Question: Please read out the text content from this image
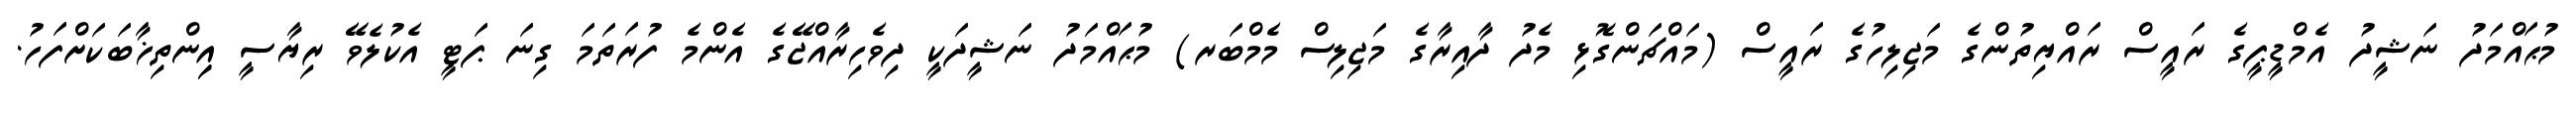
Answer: މުޙައްމަދު ނަޝީދު އެމްޑީޕީގެ ރައީސް ރައްޔިތުންގެ މަޖިލިހުގެ ރައީސް (މައްޗަންގޮޅި މެދު ދާއިރާގެ މަޖިލިސް މެމްބަރ) މުޙައްމަދު ނަޝީދަކީ ދިވެހިރާއްޖޭގެ އެންމެ ފުރަތަމަ ގިނަ ޕަޓީ އެކުލެވޭ ރިޔާސީ އިިންތިޚާބަކަށްފަހު.